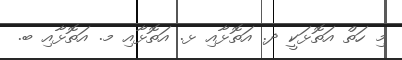
މި ހަތް އަތޮޅަކީ ދ. އަތޮޅާއި ޅ. އަތޮޅާއި މ. އަތޮޅާއި ބ.